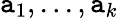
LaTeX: \mathtt{a}_{1},...,\mathtt{a}_{k}